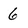
Character: 6